Senior Leaving Certificate Examination (including Day School Certificate (Higher) General paper), 1946
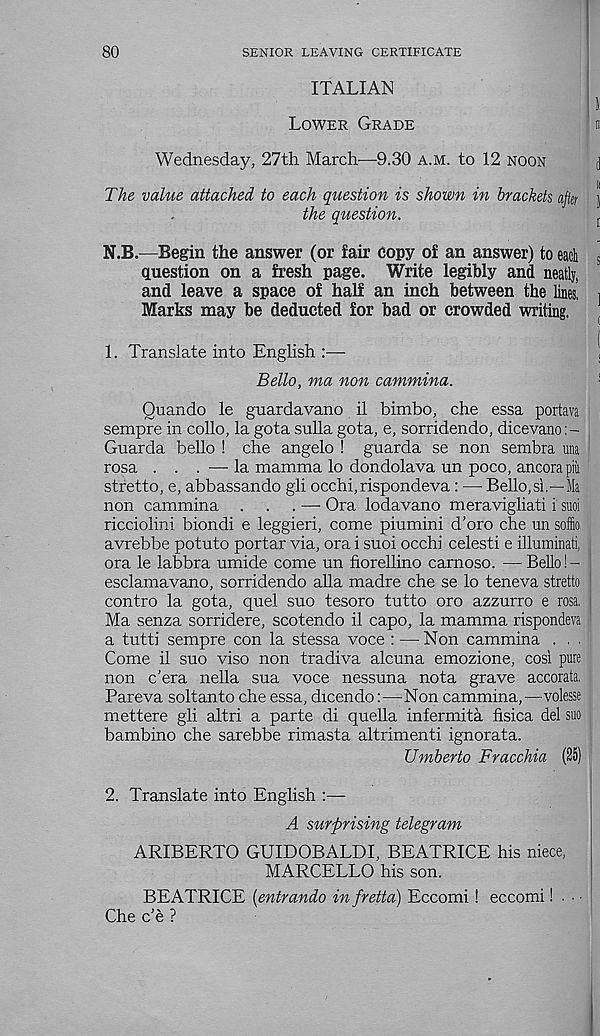
80
SENIOR LEAVING CERTIFICATE
ITALIAN
Lower Grade
Wednesday, 27th March—9.30 a.m. to 12 noon
The value attached to each question is shown in brackets after
the question.
N.B.—Begin the answer (or fair copy of an answer) to each
question on a fresh page. Write legibly and neatly,
and leave a space of half an inch between the lines,
Marks may be deducted for bad or crowded writing.
1. Translate into English :—
Bello, ma non cammina.
Quando le guardavano il bimbo, che essa portava
sempre in collo, la gota sulla gota, e, sorridendo, dicevano
Guarda bello ! che angelo ! guarda se non sembra una
rosa . . . — la mamma lo dondolava un poco, ancorapih
stretto, e, abbassando gli occhi,rispondeva : — Bello,si.—Ma
non cammina . . . — Ora lodavano meravigliati i suoi
ricciolini biondi e leggieri, come piumini d’oro che un soffio
avrebbe potato portar via, ora i suoi occhi celesti e illuminati,
ora le labbra amide come un fiorellino carnoso. —Bello !-
esclamavano, sorridendo alia madre che se lo teneva stretto
contro la gota, quel suo tesoro tutto oro azzurro e rosa. 1
Ma senza sorridere, scotendo il capo, la mamma rispondeva
a tutti sempre con la stessa voce : —Non cammina . . ,
Come il suo viso non tradiva alcana emozione, cosi pure
non c'era nella sua voce nessuna nota grave accorata,
Pareva soltanto che essa, dicendo:—Non cammina,—volesse
mettere gli altri a parte di quella infermita fisica del suo
bambino che sarebbe rimasta altrimenti ignorata.
Umberto Fracchia (25)
2. Translate into English
A surprising telegram
ARIBERTO GUIDOBALDI, BEATRICE his niece,
MARCELLO his son.
BEATRICE [entrando in fretta) Eccomi! eccomi! • • •
Che c’e ?